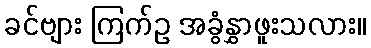
ခင်ဗျား ကြက်ဥ အခွံနွှာဖူးသလား။